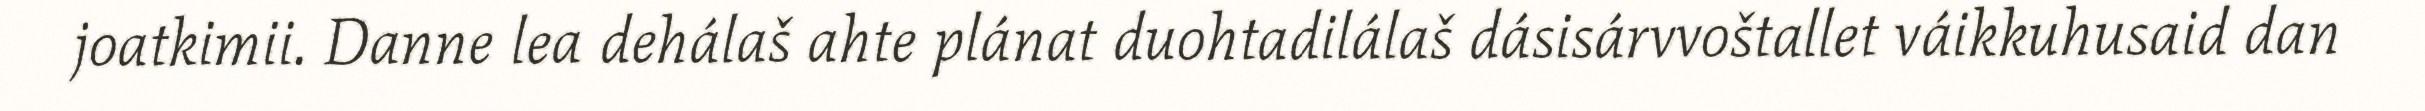
joatkimii. Danne lea dehálaš ahte plánat duohtadilálaš dásisárvvoštallet váikkuhusaid dan